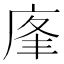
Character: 𢈦